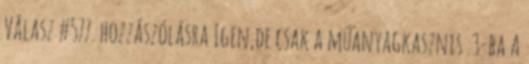
Válasz #577. hozzászólásra Igen,de csak a műanyagkasznis .3-ba A